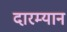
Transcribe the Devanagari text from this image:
दारम्यान